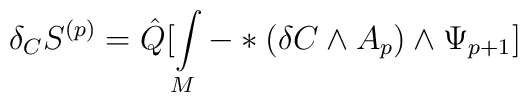
\delta_{C} S^{(p)} = \hat{Q}[ \int\limits_{M}^{}-\ast(\delta C \wedge A_{p})\wedge \Psi_{p+1}]